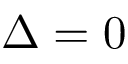
\Delta = 0